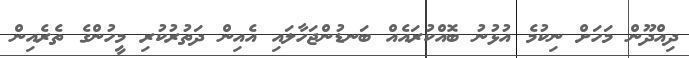
ދިއްދޫން މަހަށް ނިކުމެ އުޅުނު ބޮއްކުރައެއް ބަނޑުންޖަހާލައި އެއިން ދަތުރުކުރި މީހުންގެ ތެރެއިން